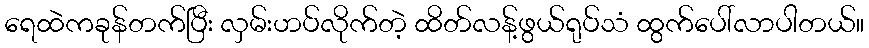
ရေထဲကခုန်တက်ပြီး လှမ်းဟပ်လိုက်တဲ့ ထိတ်လန့်ဖွယ်ရုပ်သံ ထွက်ပေါ်လာပါတယ်။